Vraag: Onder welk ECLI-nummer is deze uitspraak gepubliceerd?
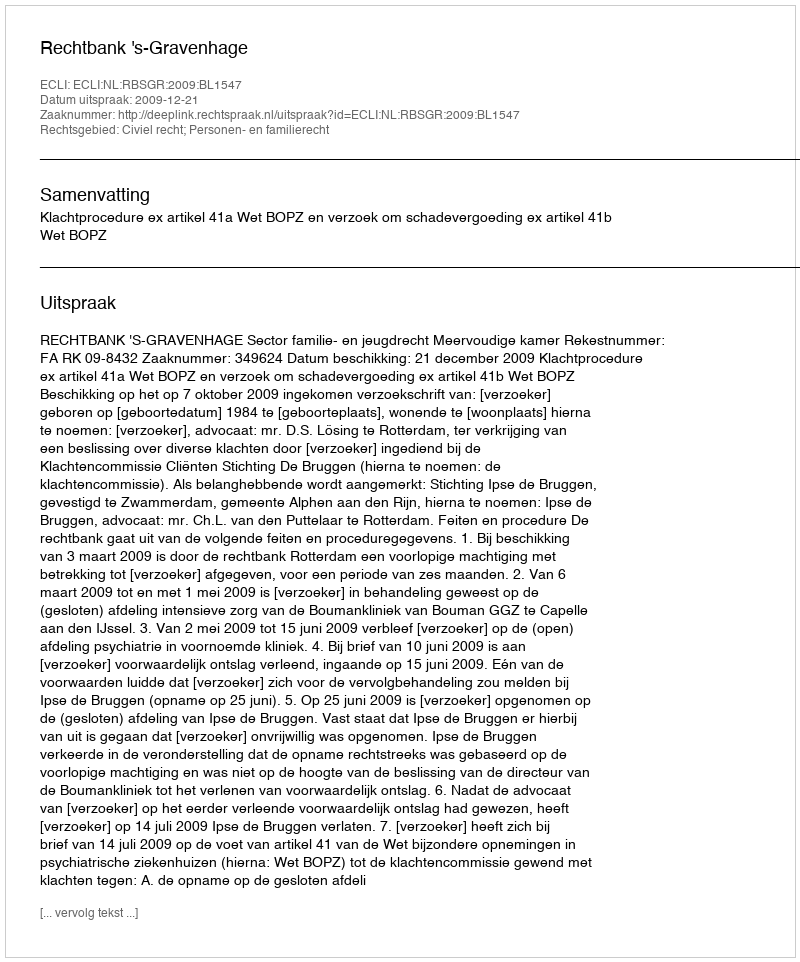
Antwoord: ECLI:NL:RBSGR:2009:BL1547